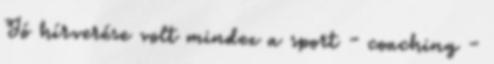
Jó hírverése volt mindez a sport - coaching -